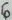
Text: 6